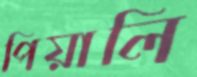
পিয়ালি